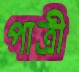
পাত্রী